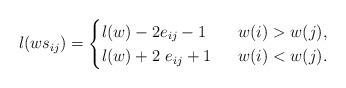
LaTeX: \begin{gather*} l(w s_{ij})=\begin{cases}l(w)-2 e_{ij}-1 & \ \ w(i) > w(j), \\l(w)+2~e_{ij}+1 & \ \ w(i) < w(j).\end{cases}\end{gather*}